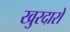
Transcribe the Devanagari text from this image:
खुरदारों